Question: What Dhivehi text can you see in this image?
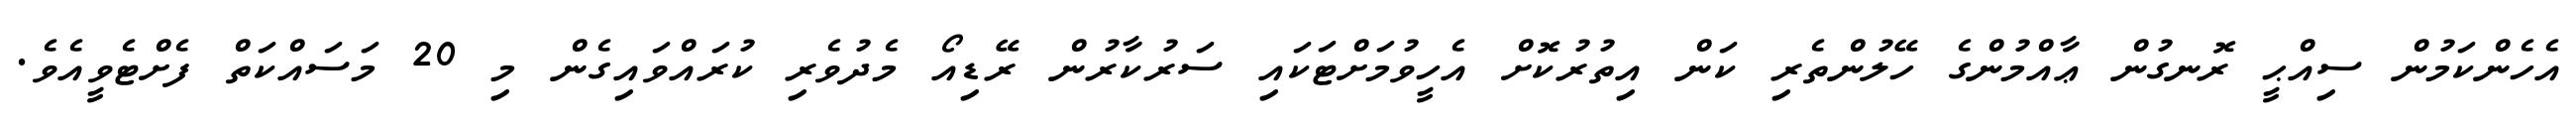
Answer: އެހެންކަމުން ސިއްޙީ ރޮނގުން ޢާއްމުންގެ ހޭލުންތެރި ކަން އިތުރުކޮށް އެހީވުމަށްޓަކައި ސަރުކާރުން ރޭޑިއޯ މެދުވެރި ކުރައްވައިގެން މި 20 މަސައްކަތް ފެށްޓެވީއެވެ.